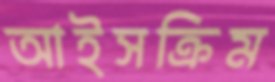
আইসক্রিম